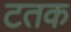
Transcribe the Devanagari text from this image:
टतक